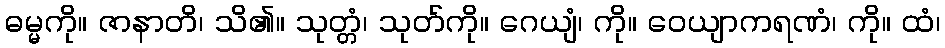
ဓမ္မကို။ ဇာနာတိ၊ သိ၏။ သုတ္တံ၊ သုတ်ကို။ ဂေယျံ၊ ကို။ ဝေယျာကရဏံ၊ ကို။ ထံ၊